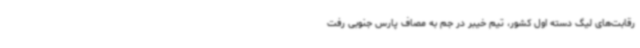
رقابت‌های لیگ دسته اول کشور، تیم خیبر در جم به مصاف پارس جنوبی رفت